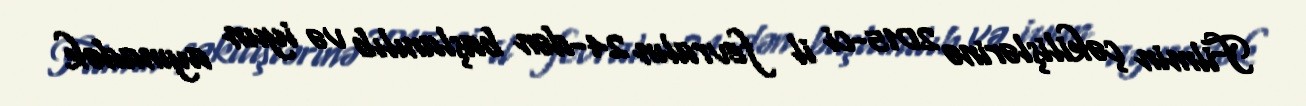
Filmin çəkilişlərinə 2015-ci il fevralın 24-dən başlanılıb və iyun ayınadək